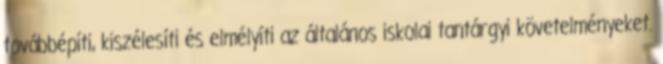
továbbépíti, kiszélesíti és elmélyíti az általános iskolai tantárgyi követelményeket.